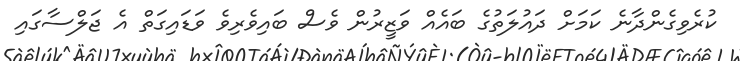
ކުރެވިގެންދާނެ ކަމަށް ދައުލަތުގެ ބައެއް ވަޒީރުން ވެސް ބައިވެރިވެ ވަޑައިގަތް އެ ޖަލްސާގައި